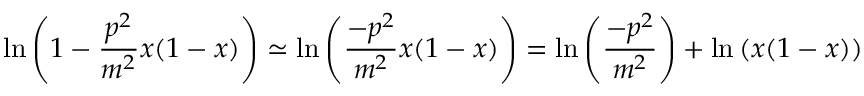
\ln \left( 1 - \frac { p ^ { 2 } } { m ^ { 2 } } x ( 1 - x ) \right) \simeq \ln \left( \frac { - p ^ { 2 } } { m ^ { 2 } } x ( 1 - x ) \right) = \ln \left( \frac { - p ^ { 2 } } { m ^ { 2 } } \right) + \ln \left( x ( 1 - x ) \right)